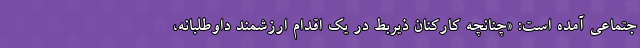
جتماعی آمده است: «چنانچه کارکنان ذیربط در یک اقدام ارزشمند داوطلبانه،